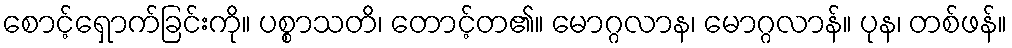
စောင့်ရှောက်ခြင်းကို။ ပစ္စာသတိ၊ တောင့်တ၏။ မောဂ္ဂလာန၊ မောဂ္ဂလာန်။ ပုန၊ တစ်ဖန်။